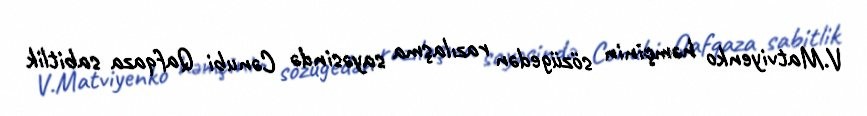
V.Matviyenko həmçinin sözügedən razılaşma sayəsində Cənubi Qafqaza sabitlik